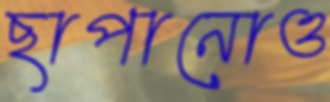
ছাপানোও